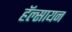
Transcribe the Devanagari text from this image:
हॅल्सायन